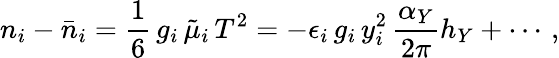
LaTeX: n_{i}-\bar{n}_{i}=\frac{1}{6}\, g_{i}\, \tilde{\mu}_{i}\, T^{2}=-\epsilon_{i}\, g_{i}\, y_{i}^{2}\, \frac{\alpha_{Y}}{2\pi}h_{Y}+\cdots\, ,